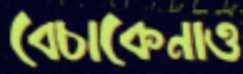
বেচাকেনাও